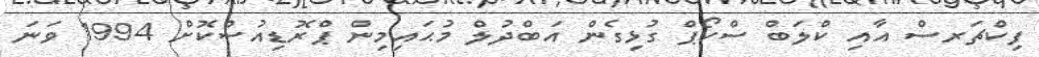
ފިކްޗަރސް އާއި ކްލަބް ސްކޯޕް ގުޅިގެން އަބްދުލް މުޙައިމިން ޕްރޮޑިއުސްކޮށް 1994 ވަނަ